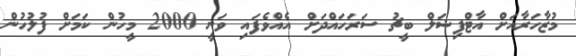
މުޒާހަރާއަށް އާޓްފިޝަލް ބީޗު ސަރަހައްދަށް އެއްވެފައި ވަނީ 2000 މީހުން ކަމަށް ފުލުހުން